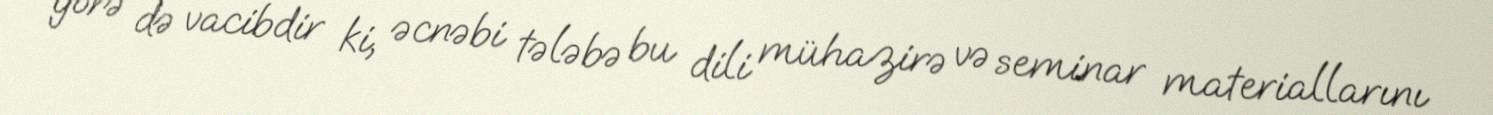
görə də vacibdir ki, əcnəbi tələbə bu dili mühazirə və seminar materiallarını